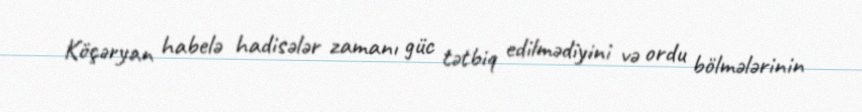
Köçəryan habelə hadisələr zamanı güc tətbiq edilmədiyini və ordu bölmələrinin